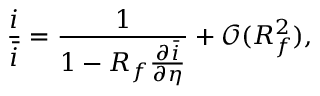
\frac { i } { \bar { i } } = \frac { 1 } { 1 - R _ { f } \frac { \partial \bar { i } } { \partial \eta } } + \mathcal { O } ( R _ { f } ^ { 2 } ) ,